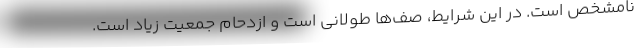
نامشخص است. در این شرایط، صف‌ها طولانی است و ازدحام جمعیت زیاد است.